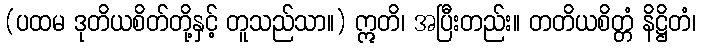
(ပထမ ဒုတိယစိတ်တို့နှင့် တူသည်သာ။) ဣတိ၊ အပြီးတည်း။ တတိယစိတ္တံ နိဋ္ဌိတံ၊